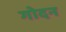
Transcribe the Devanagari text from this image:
गोदन